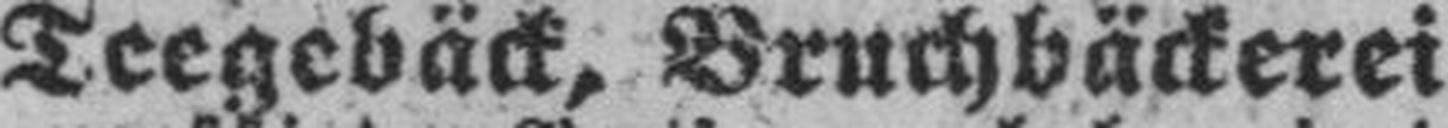
Teegebäck, Bruchbäckerei